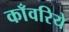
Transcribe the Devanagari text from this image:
काँवरिये